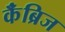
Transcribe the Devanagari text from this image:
कॅंब्रिज